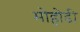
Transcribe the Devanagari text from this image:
मोहोडी